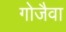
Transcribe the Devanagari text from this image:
गोजैवा